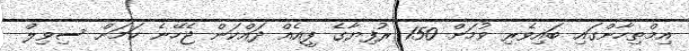
އިމްތިހާންގައި ބައިވެރި ވުމަށް 150 ރުފިޔާގެ ފީއެއް ދައްކަން ޖެހޭނެ ކަމަށް ސިވިލް